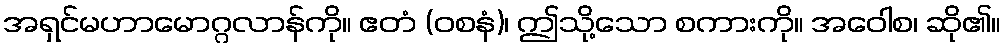
အရှင်မဟာမောဂ္ဂလာန်ကို။ ဧတံ (ဝစနံ)၊ ဤသို့သော စကားကို။ အဝေါစ၊ ဆို၏။